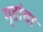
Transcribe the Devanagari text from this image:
गृहांचा